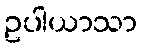
ဥပါယာသာ